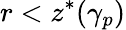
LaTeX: r<z^{*}(\gamma_{p})